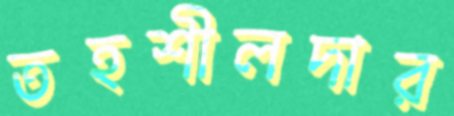
তহশীলদার